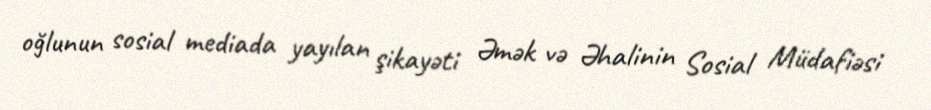
oğlunun sosial mediada yayılan şikayəti Əmək və Əhalinin Sosial Müdafiəsi